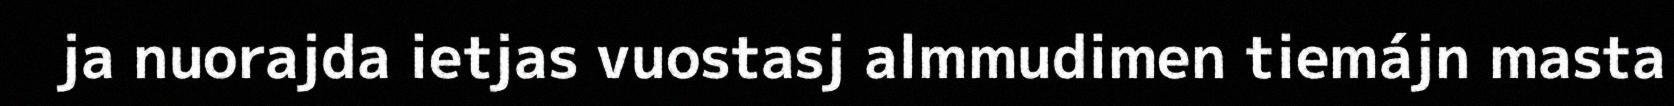
ja nuorajda ietjas vuostasj almmudimen tiemájn masta